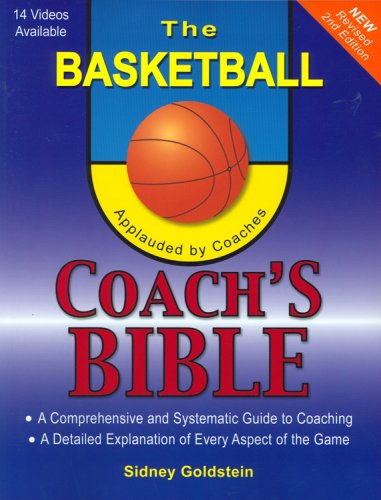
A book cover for The Basketball Coach's Bible (Nitty-Gritty Basketball); Sidney Goldstein; Sports & Outdoors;